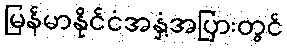
မြန်မာနိုင်ငံအနှံ့အပြားတွင်